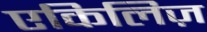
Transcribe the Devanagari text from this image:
एकिलिज़